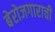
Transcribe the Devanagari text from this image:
बेरोजगाराची